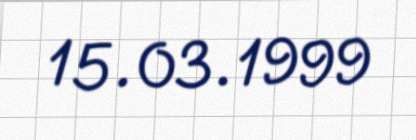
15.03.1999